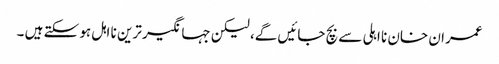
عمران خان نا اہلی سے بچ جائیں گے، لیکن جہانگیر ترین نا اہل ہو سکتے ہیں ۔